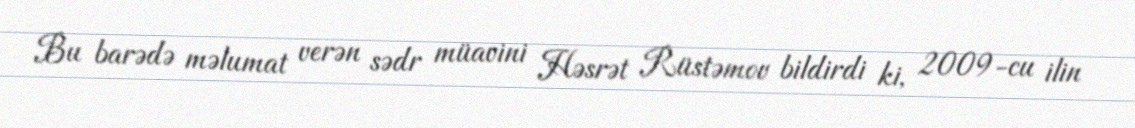
Bu barədə məlumat verən sədr müavini Həsrət Rüstəmov bildirdi ki, 2009-cu ilin